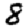
Digit: 8